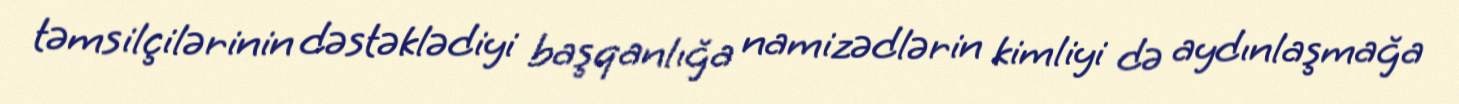
təmsilçilərinin dəstəklədiyi başqanlığa namizədlərin kimliyi də aydınlaşmağa